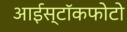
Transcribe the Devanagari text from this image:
आईस्टॉकफोटो